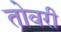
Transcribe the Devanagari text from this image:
तोवरी